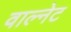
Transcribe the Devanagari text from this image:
वाल्नेट